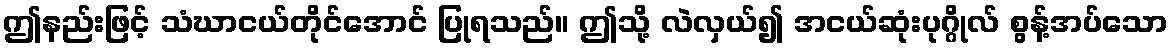
ဤနည်းဖြင့် သံဃာငယ်တိုင်အောင် ပြုရသည်။ ဤသို့ လဲလှယ်၍ အငယ်ဆုံးပုဂ္ဂိုလ် စွန့်အပ်သော